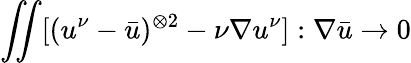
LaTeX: \iint[(u^{\nu}-\bar{u})^{\otimes 2}-\nu\nabla u^{\nu}]:\nabla\bar{u}\to 0